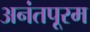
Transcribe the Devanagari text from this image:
अनंतपूरम